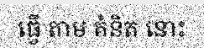
ធ្វើ តាម គំនិត នោះ